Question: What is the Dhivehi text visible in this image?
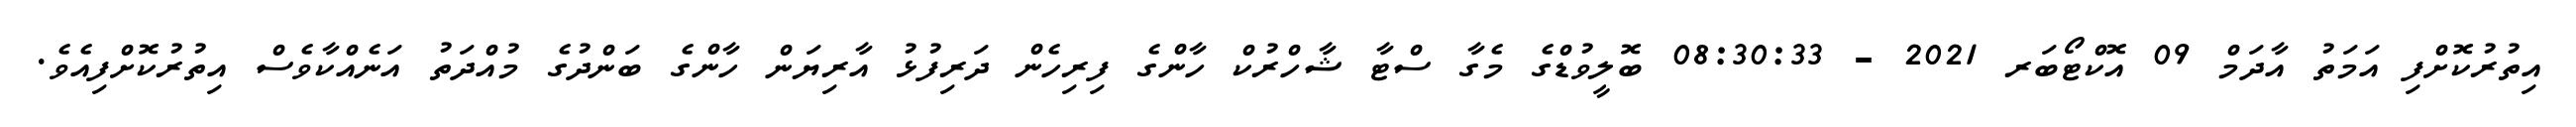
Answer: އިތުރުކޮށްފި އަމަތު އާދަމް 09 އޮކްޓޯބަރ 2021 - 08:30:33 ބޮލީވުޑްގެ މެގާ ސްޓާ ޝާހްރުކް ހާންގެ ފިރިހެން ދަރިފުޅު އާރިޔަން ހާންގެ ބަންދުގެ މުއްދަތު އަނެއްކާވެސް އިތުރުކޮށްފިއެވެ.